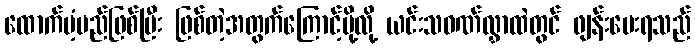
ထောက်ပံ့မည်ဖြစ်ပြီး ဖြစ်တဲ့အတွက်ကြောင့်မို့လို့ ယင်းသဝဏ်လွှာထဲတွင် ဖျန်းပေးရသည်